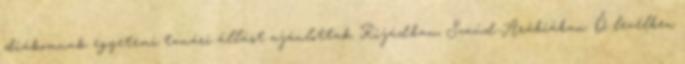
diákomnak egyetemi tanári állást ajánlottak Rijádban, Szaúd-Arábiában. Ő levélben